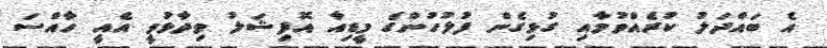
އެ ބައްދަލު ކުރެއްވުމާއި ގުޅިގެން ފުލުހުންގެ މީޑިއާ އޮފިޝަލު ވިދާޅުވީ އެއީ ހާއްސަ